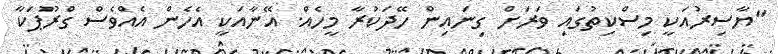
"ޔާސިރުއަކީ މިސްކިތުގައި ވަރަށް ގިނައިން ހޭދަކުރާ މީހެއް. އޭނާއަކީ އެހެން އެއްވެސް ގްރޫޕަކާ